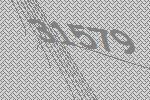
31579